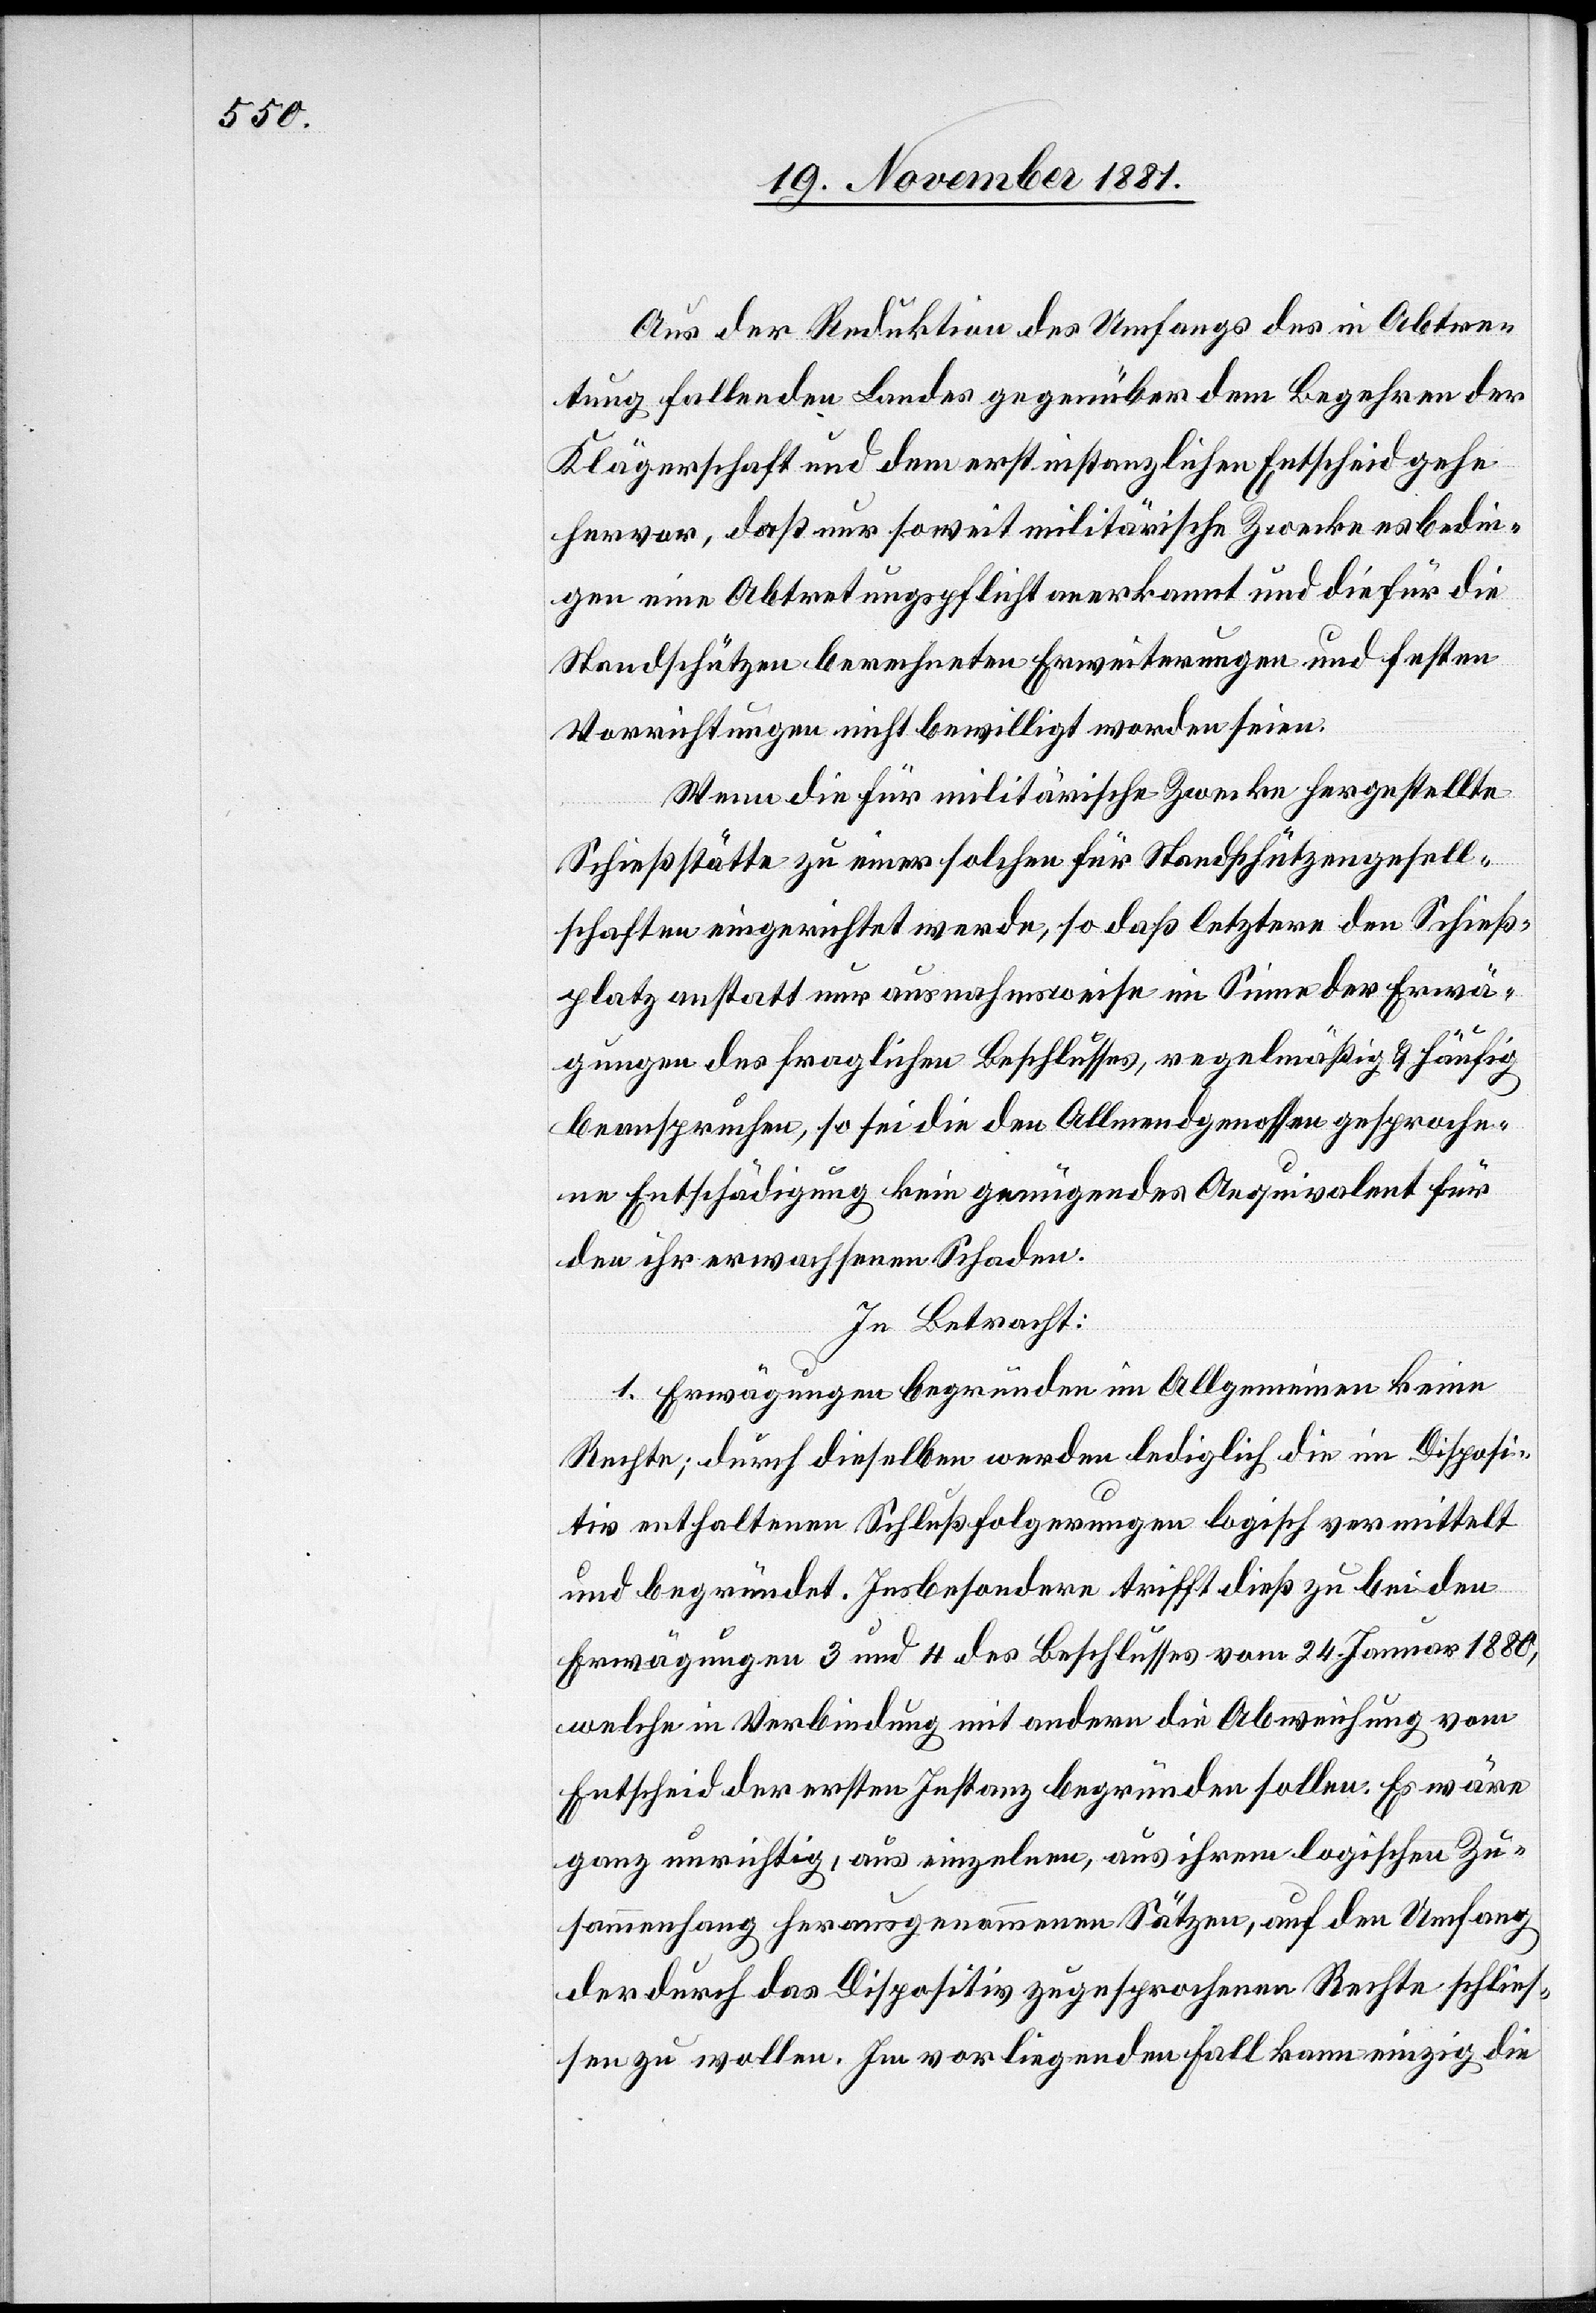
Aus der Reduktion des Umfangs des in Abtre¬
tung fallenden Landes gegenüber dem Begehren der
Klägerschaft und dem erstinstanzlichen Entscheide gehen
hervor, daß nur soweit militärische Zwecke es bedin¬
gen eine Abtretungspflicht anerkannt und die für die
Standschützen berechneten Erweiterungen und festen
Vorrichtungen nicht bewilligt worden seien.
Wenn die für militärische Zwecke hergestellte
Schießstätte zu einer solchen für Standschützengesell¬
schaften eingerichtet werde, so daß letztere den Schieß¬
platz anstatt nur ausnahmsweise im Sinne der Erwä¬
gungen des fraglichen Beschlusses, regelmäßig & häufig
beanspruchen, so sei die den Allmendgenossen gesproche¬
ne Entschädigung kein genügendes Aequivalent für
den ihr erwachsenen Schaden.
In Betracht:
1. Erwägungen begründen im Allgemeinen keine
Rechte; durch dieselben werden lediglich die im Disposi¬
tiv enthaltenen Schlußfolgerungen logisch vermittelt
und begründet. Insbesondere trifft dieß zu bei den
Erwägungen 3 und 4 des Beschlusses vom 24. Januar 1880,
welche in Verbindung mit andern die Abweichung vom
Entscheid der ersten Instanz begründen sollen: Es wäre
ganz unrichtig, aus einzelnen, aus ihrem logischen Zu¬
sammenhang herausgenommenen Sätzen, auf den Umfang
der durch das Dispositiv zugesprochenen Rechte schließ¬
en zu wollen. Im vorliegenden Fall kann einzig die